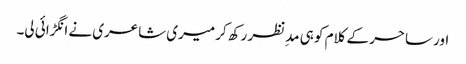
اور ساحر کے کلام کو ہی مدِنظر رکھ کر میری شاعری نے انگڑائی لی۔